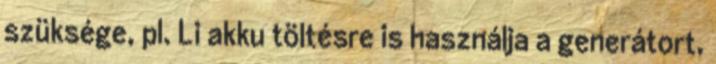
szüksége, pl. Li akku töltésre is használja a generátort,